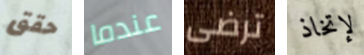
حقق عندما ترضى لإتخاذ